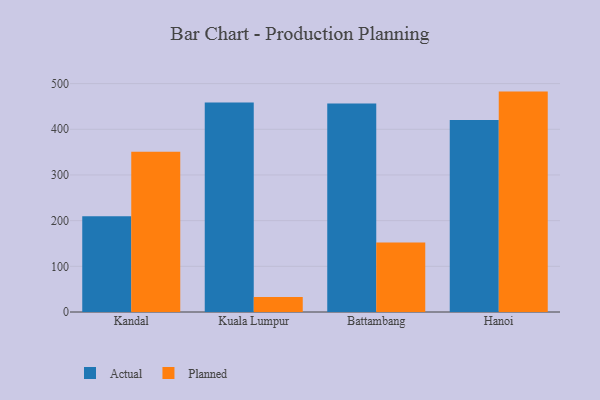
{"axis": {"x": "City", "y": "Satisfaction Score"}, "legend": ["Actual", "Planned"], "data": [{"x": "Kandal", "y": 209.7, "type": "Actual"}, {"x": "Kandal", "y": 350.7, "type": "Planned"}, {"x": "Kuala Lumpur", "y": 458.7, "type": "Actual"}, {"x": "Kuala Lumpur", "y": 32.8, "type": "Planned"}, {"x": "Battambang", "y": 456.7, "type": "Actual"}, {"x": "Battambang", "y": 152.2, "type": "Planned"}, {"x": "Hanoi", "y": 420.1, "type": "Actual"}, {"x": "Hanoi", "y": 482.5, "type": "Planned"}]}